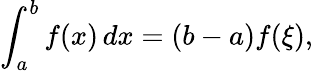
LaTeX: \int_{a}^{b}f(x)\, dx=(b-a)f(\xi),